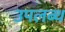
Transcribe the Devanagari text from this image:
उपलब्थ